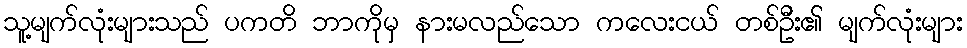
သူ့မျက်လုံးများသည် ပကတိ ဘာကိုမှ နားမလည်သော ကလေးငယ် တစ်ဦး၏ မျက်လုံးများ